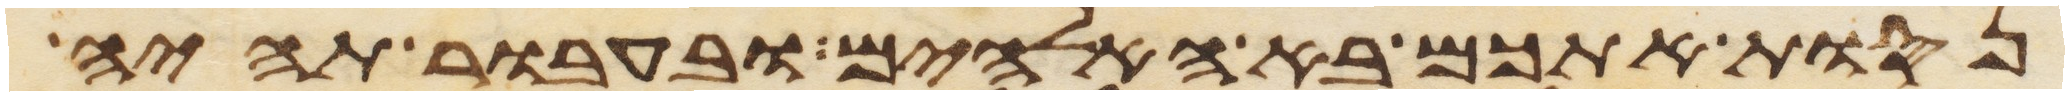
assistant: נסות אתכם בא האלהים ובעבור תהיה